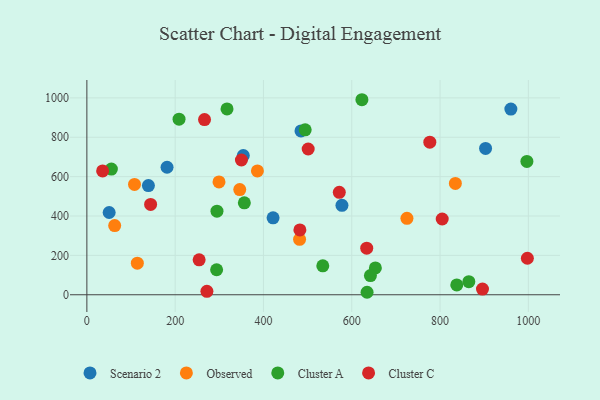
{"axis": {"x": "Experience", "y": "Yield"}, "legend": ["Cluster A", "Cluster C", "Observed", "Scenario 2"], "data": [{"x": "485.0", "y": 832.2, "type": "Scenario 2"}, {"x": "421.8", "y": 391.0, "type": "Scenario 2"}, {"x": "960.4", "y": 943.0, "type": "Scenario 2"}, {"x": "139.4", "y": 554.8, "type": "Scenario 2"}, {"x": "50.5", "y": 417.9, "type": "Scenario 2"}, {"x": "577.8", "y": 454.3, "type": "Scenario 2"}, {"x": "181.6", "y": 647.7, "type": "Scenario 2"}, {"x": "903.1", "y": 743.2, "type": "Scenario 2"}, {"x": "354.3", "y": 707.1, "type": "Scenario 2"}, {"x": "346.3", "y": 534.1, "type": "Observed"}, {"x": "834.7", "y": 565.4, "type": "Observed"}, {"x": "63.0", "y": 351.2, "type": "Observed"}, {"x": "107.9", "y": 560.2, "type": "Observed"}, {"x": "299.3", "y": 573.3, "type": "Observed"}, {"x": "725.0", "y": 388.3, "type": "Observed"}, {"x": "481.8", "y": 281.4, "type": "Observed"}, {"x": "114.3", "y": 160.6, "type": "Observed"}, {"x": "386.3", "y": 628.8, "type": "Observed"}, {"x": "865.2", "y": 66.4, "type": "Cluster A"}, {"x": "534.4", "y": 146.9, "type": "Cluster A"}, {"x": "317.5", "y": 944.1, "type": "Cluster A"}, {"x": "653.5", "y": 136.5, "type": "Cluster A"}, {"x": "837.9", "y": 49.7, "type": "Cluster A"}, {"x": "623.0", "y": 990.6, "type": "Cluster A"}, {"x": "294.7", "y": 424.6, "type": "Cluster A"}, {"x": "494.5", "y": 837.7, "type": "Cluster A"}, {"x": "55.5", "y": 638.6, "type": "Cluster A"}, {"x": "996.7", "y": 677.2, "type": "Cluster A"}, {"x": "293.9", "y": 127.1, "type": "Cluster A"}, {"x": "642.3", "y": 97.2, "type": "Cluster A"}, {"x": "356.7", "y": 466.8, "type": "Cluster A"}, {"x": "634.7", "y": 12.6, "type": "Cluster A"}, {"x": "208.8", "y": 891.9, "type": "Cluster A"}, {"x": "271.9", "y": 17.5, "type": "Cluster C"}, {"x": "997.8", "y": 185.5, "type": "Cluster C"}, {"x": "350.1", "y": 684.4, "type": "Cluster C"}, {"x": "571.8", "y": 520.4, "type": "Cluster C"}, {"x": "633.9", "y": 236.4, "type": "Cluster C"}, {"x": "35.7", "y": 628.9, "type": "Cluster C"}, {"x": "266.5", "y": 889.6, "type": "Cluster C"}, {"x": "254.3", "y": 177.6, "type": "Cluster C"}, {"x": "144.4", "y": 459.0, "type": "Cluster C"}, {"x": "896.1", "y": 29.1, "type": "Cluster C"}, {"x": "776.8", "y": 774.9, "type": "Cluster C"}, {"x": "501.3", "y": 740.4, "type": "Cluster C"}, {"x": "804.9", "y": 384.9, "type": "Cluster C"}, {"x": "482.5", "y": 329.5, "type": "Cluster C"}]}